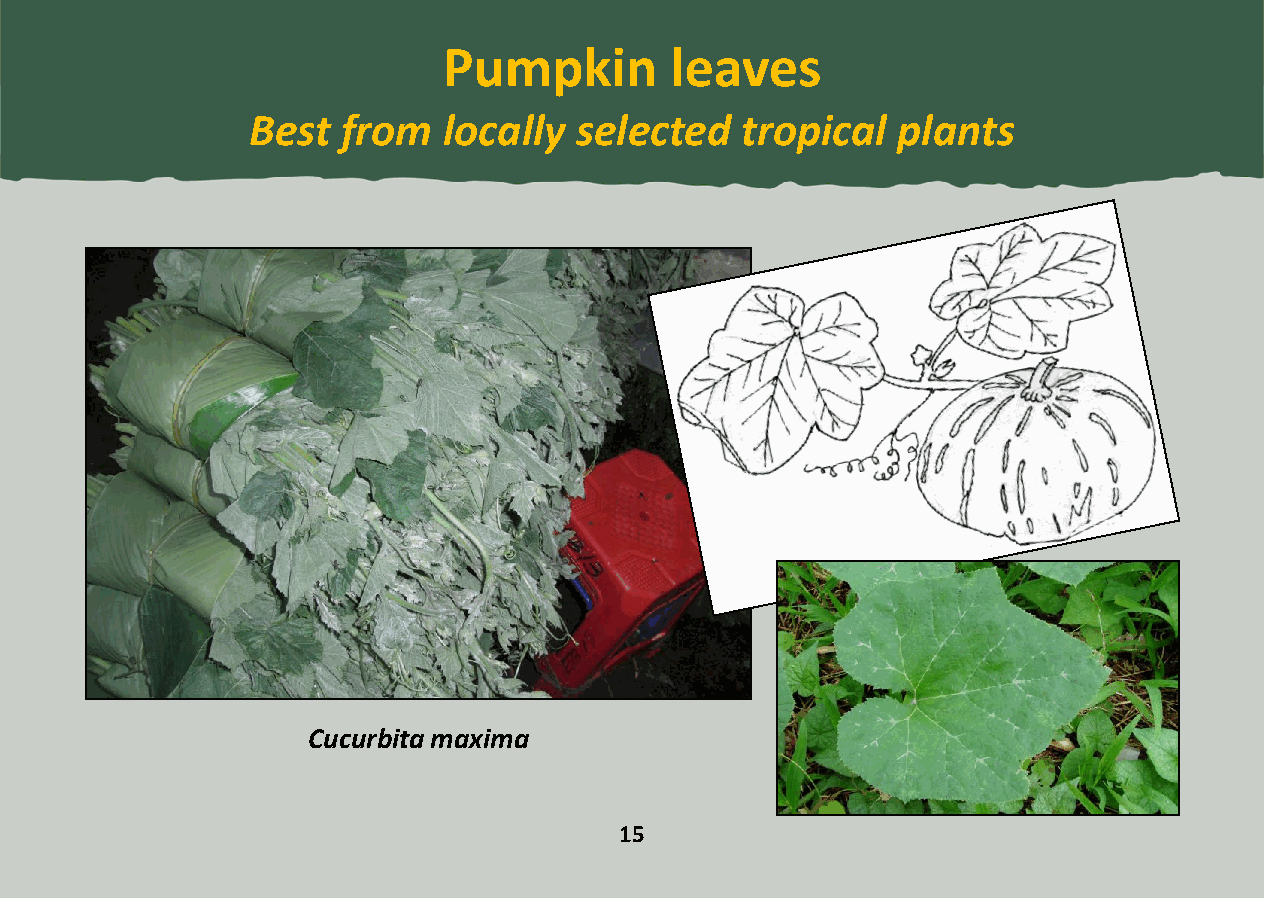
Pumpkin        leaves
 Best  from  locally  selected   tropical  plants
 Cucurbita maxima
 15